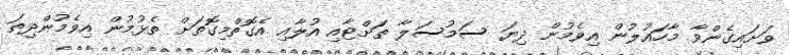
ވަށައިގެންވާ މާހައުލުން އިވެމުން ދިޔަ ސަމުސަލާ ތަށްޓާއި އުލާއި އެގޮތްމިގޮތަށް ތެޅުމުން އިވެމުންދިތަ